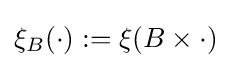
\xi _{B}(\cdot ):=\xi (B\times \cdot )